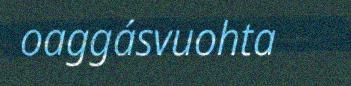
oaggásvuohta